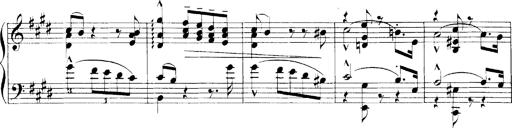
Title: LiebestrÃ¤ume
Composer: Franz Behr
Key: E-flat major